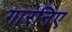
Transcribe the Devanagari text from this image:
गारनिए